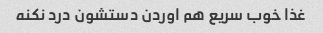
غذا خوب سریع هم اوردن دستشون درد نکنه